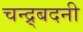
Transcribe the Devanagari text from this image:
चन्द्र्बदनी